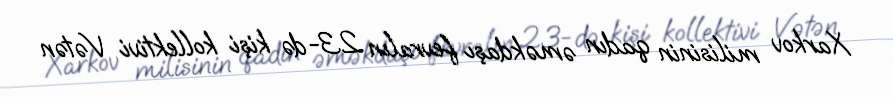
Xarkov milisinin qadın əməkdaşı fevralın 23-də kişi kollektivi Vətən